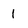
Character: l